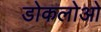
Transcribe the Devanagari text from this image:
डोकलोओ